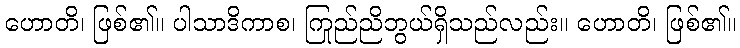
ဟောတိ၊ ဖြစ်၏။ ပါသာဒိကာစ၊ ကြည်ညိုဘွယ်ရှိသည်လည်း။ ဟောတိ၊ ဖြစ်၏။